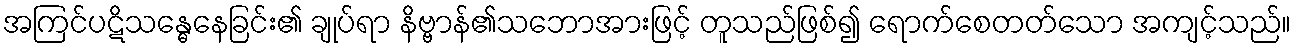
အကြင်ပဋိသန္ဓေနေခြင်း၏ ချုပ်ရာ နိဗ္ဗာန်၏သဘောအားဖြင့် တူသည်ဖြစ်၍ ရောက်စေတတ်သော အကျင့်သည်။